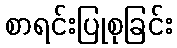
စာရင်းပြုစုခြင်း